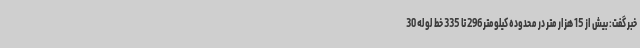
خبر گفت: بیش از 15 هزار متر در محدوده کیلومتر 296 تا 335 خط لوله 30